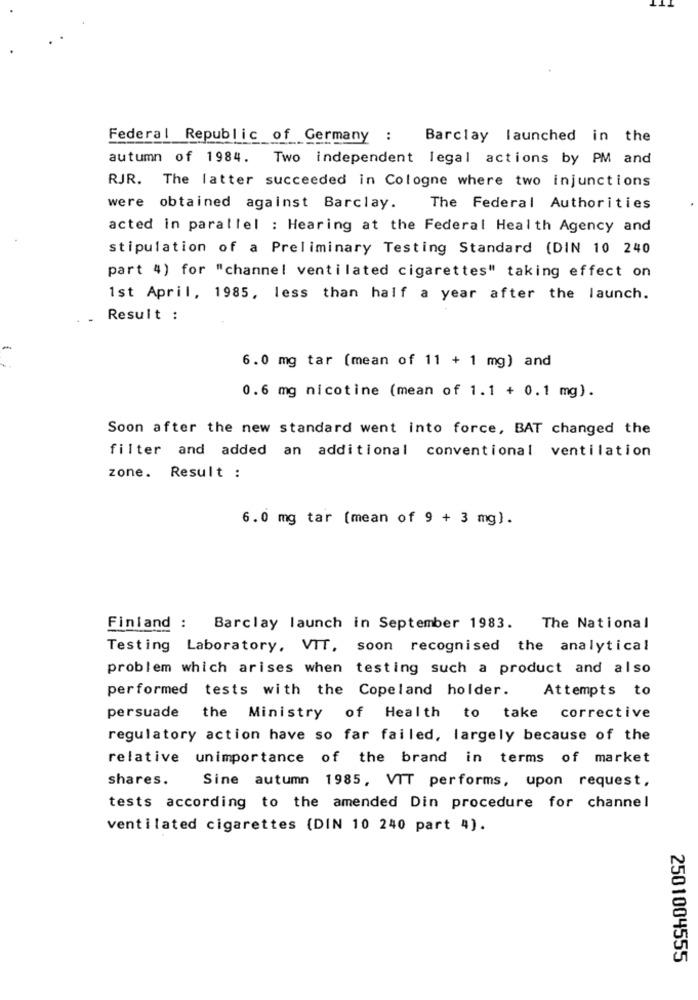
Federal Republic of Germany :
Barclay launched in the
autumn of 1984. Two independent legal actions by PM and
RJR. The latter succeeded in Cologne where two injunctions
were obtained against Barclay.
The Federal Authorities
acted in parallel : Hearing at the Federal Health Agency and
stipulation of a Preliminary Testing Standard (DIN 10 240
part 4) for "channel ventilated cigarettes" taking effect on
1st April, 1985, less than half a year after the launch.
Result :
6.0 mg tar (mean of 11 + 1 mg) and
0.6 mg nicotine (mean of 1.1 + 0.1 mg).
Soon after the new standard went into force, BAT changed the
filter and added an additional conventional ventilation
zone. Result :
6.0 mg tar (mean of 9 + 3 mg).
Finland : Barclay launch in September 1983. The National
Testing Laboratory, VIT, soon recognised the analytical
problem which arises when testing such a product and also
performed tests with the Copeland holder.
Attempts to
persuade the Ministry of Health to take corrective
regulatory action have so far failed, largely because of the
relative unimportance of the brand in terms of market
shares.
Sine autumn 1985, VIT performs, upon request,
tests according to the amended Din procedure for channel
ventilated cigarettes (DIN 10 240 part 4).
2501004555